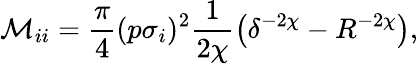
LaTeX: \mathcal M_{ii}=\frac{\pi}{4}(p\sigma_{i})^{2}\frac{1}{2\chi}\left(\delta^{-2\chi}-R^{-2\chi}\right),